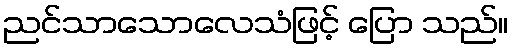
ညင်သာသောလေသံဖြင့် ပြော သည်။